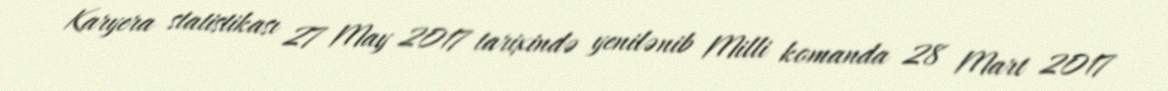
Karyera statistikası 27 May 2017 tarixində yenilənib Milli komanda 28 Mart 2017